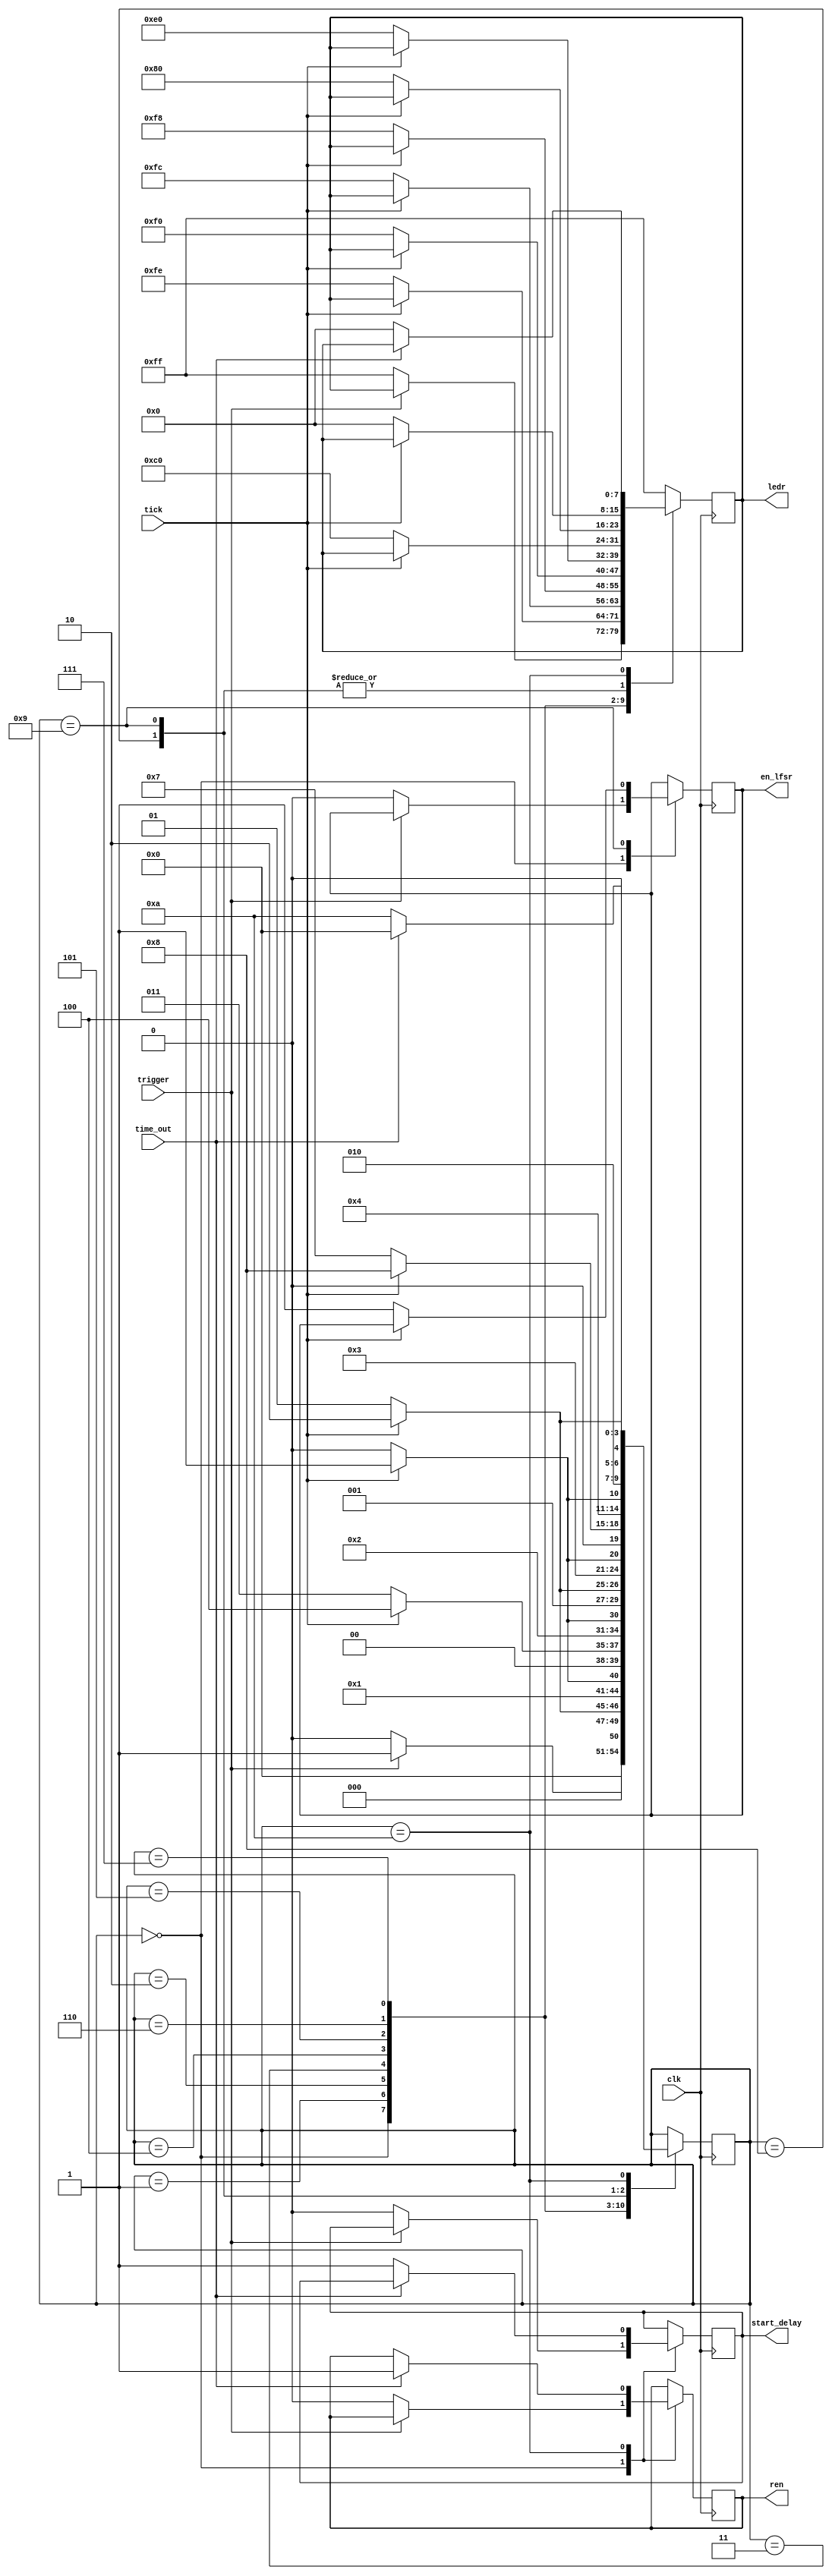

module FSM(clk,tick,trigger,time_out,en_lfsr,start_delay,ledr,ren);


input clk;
input tick;
input trigger;
input time_out;
output [7:0] ledr;
output en_lfsr;
output start_delay;
output ren;
reg [4:0]state;
reg [7:0] ledr;
reg en_lfsr;
reg start_delay;
reg ren;
initial state=4'b0000;
always @(posedge clk) begin
     case (state)
		4'b0000:
			if(trigger==1'b1)
			state <= 4'b0001;
			else begin
			state <= 4'b0000;
			ledr[7:0]<=8'b11111111;
			start_delay <= 1'b0;
			en_lfsr <= 1'b0;
			ren <= 1'b0;end
		4'b0001:
			if(tick==1'b1) 
			state <= 4'b0010;
			else begin
			ledr[7:0]<=8'b11111110;
			state <= 4'b0001;end
		4'b0010:
			if(tick==1'b1) 
			state <= 4'b0011;
			else begin
			ledr[7:0]<=8'b11111100;
			state <= 4'b0010; end
		4'b0011:
			if(tick==1'b1)
			state <= 4'b0100;
			else begin
			state <= 4'b0011;
			ledr[7:0] <=8'b11111000;
			end
		4'b0100:
			if(tick==1'b1) 
			state <= 4'b0101; 
			else begin
			state <= 4'b0100;
			ledr[7:0] <=8'b11110000;
			end
		4'b0101:
			if(tick==1'b1) 
			state <= 4'b0110; 
			else begin 
			state <= 4'b0101;
			ledr[7:0] <=8'b11100000; end
		4'b0110:
			if(tick==1'b1) 
			state <= 4'b0111; 
			else begin
			state <= 4'b0110;
			ledr[7:0] <=8'b11000000;end
		4'b0111:
			if(tick==1'b1) 
			state <= 4'b1000; 
			else begin
			state <= 4'b0111;
			ledr[7:0] <=8'b10000000;
			end
		4'b1000:
			if(tick==1'b1)
			state <= 4'b1001;
			else begin
			state <= 4'b1000;
			ledr[7:0] <=8'b00000000;end
		4'b1001:
			if(tick==1'b1) 
			state <= 4'b1010; 
			else begin
			ledr[7:0] <=8'b00000000;
		   en_lfsr <= 1'b1;	
			state <= 4'b1001;end
		4'b1010: 
		  if(time_out==1'b1) begin
		  ren <=1'b1;
		  state <= 4'b0000;end 
		  else begin 
		  
		   start_delay <= 1'b1;
		  	ledr[7:0]<=8'b00000000;
		   state <= 4'b1010; end
			default: begin
			ledr[7:0]<=8'b11111111;
			end
		endcase
		end
		
endmodule